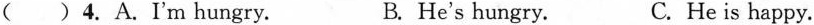
( )4. A.I'm hungry. B. He's hungry. C. He is happy.